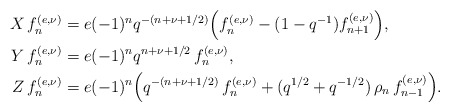
\begin{align*} \begin{aligned} X\,f_{n}^{(e,\nu)}&=e (-1)^{n}q^{-(n+\nu+1/2)}\Big(f_{n}^{(e,\nu)}-(1-q^{-1}) f_{n+1}^{(e,\nu)}\Big), \\ Y\, f_{n}^{(e,\nu)}&=e(-1)^{n}q^{n+\nu+1/2}\,f_{n}^{(e,\nu)}, \\ Z\,f_{n}^{(e,\nu)}&=e(-1)^{n}\Big(q^{-(n+\nu+1/2)}\,f_{n}^{(e,\nu)}+(q^{1/2}+q^{-1/2})\,\rho_n \,f_{n-1}^{(e,\nu)}\Big). \end{aligned}\end{align*}